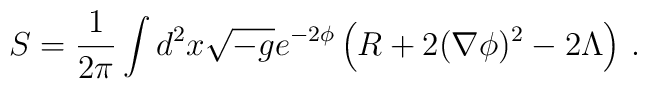
S = \frac{1}{2\pi} \int d^2x \sqrt{-g} e^{-2\phi}\left( R+ 2(\nabla\phi)^2 - 2\Lambda \right) \, .